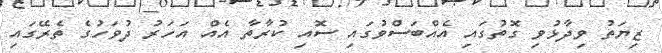
ޒިޔަތު ވިދާޅުވި ގޮތުގައި އެއްބަސްވުުގައި ސޮއި ކުރާތާ އެއް އަހަރު ދުވަހުގެ ތެރޭގައި